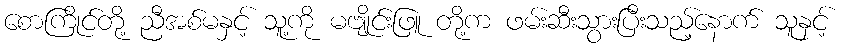
စောကြိုင်တို့ ညီအစ်မနှင့် သူ့ကို မဗျိုင်းဖြူ တို့က ဖမ်းဆီးသွားပြီးသည့်နောက် သူနှင့်